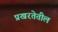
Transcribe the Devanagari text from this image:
प्रखरतेतील